Vaccination in Burma 1920-1933 - 1920-1933
Year: 1920
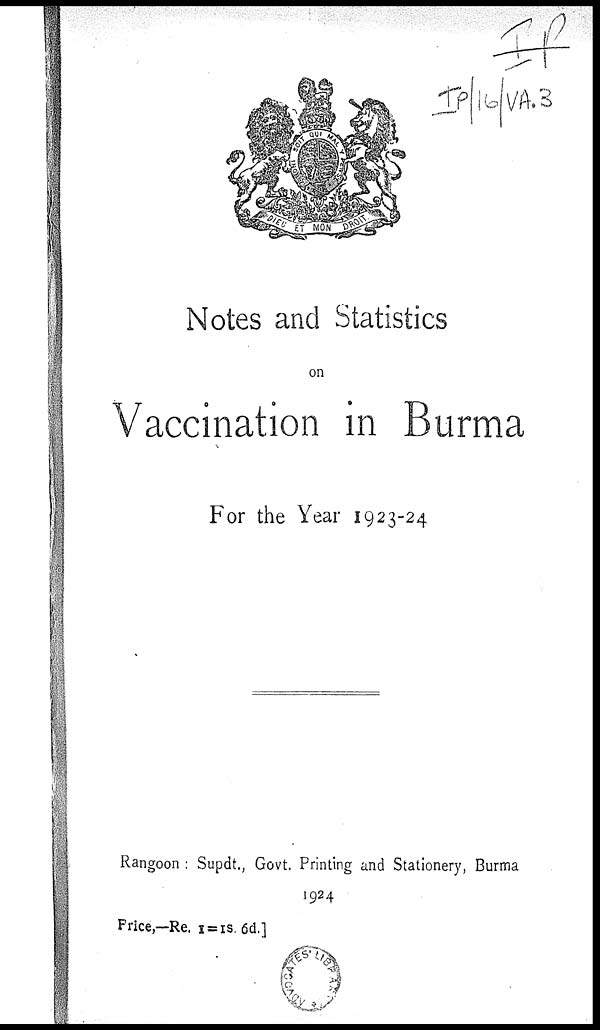
Notes and Statistics
on
Vaccination in Burma
For the Year 1923-24
Rangoon : Supdt., Govt. Printing and Stationery, Burma
1924
Price,—Re. 1 = IS. 6d.]